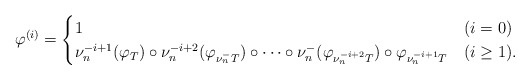
\begin{align*}\varphi^{(i)}=\begin{cases}1 & (i=0) \\\nu_n^{-i+1}(\varphi_{T}) \circ \nu_n^{-i+2}(\varphi_{\nu_n^{-}T}) \circ \cdots \circ \nu_n^{-}(\varphi_{\nu_n^{-i+2}T}) \circ \varphi_{\nu_n^{-i+1}T} & (i \geq 1).\end{cases}\end{align*}